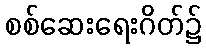
စစ်ဆေးရေးဂိတ်၌